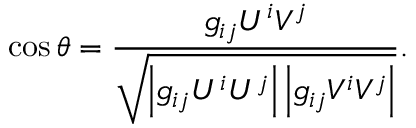
\cos \theta = { \frac { g _ { i j } U ^ { i } V ^ { j } } { \sqrt { \left| g _ { i j } U ^ { i } U ^ { j } \right| \left| g _ { i j } V ^ { i } V ^ { j } \right| } } } .